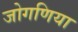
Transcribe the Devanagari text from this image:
जोगणिया